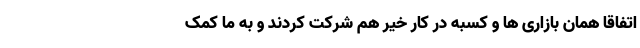
اتفاقا همان بازاری ها و کسبه در کار خیر هم شرکت کردند و به ما کمک